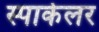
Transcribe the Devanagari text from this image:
स्पार्कलर